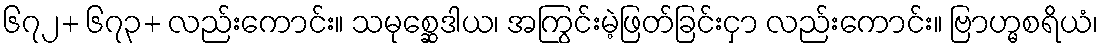
၆၇၂+ ၆၇၃+ လည်းကောင်း။ သမုစ္ဆေဒါယ၊ အကြွင်းမဲ့ဖြတ်ခြင်းငှာ လည်းကောင်း။ ဗြာဟ္မစရိယံ၊